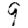
Digit: 9